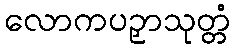
လောကပဉှာသုတ္တံ